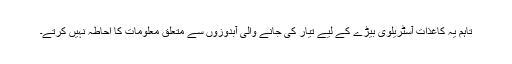
تاہم یہ کاغذات آسٹریلوی بیڑے کے لیے تیار کی جانے والی آبدوزوں سے متعلق معلومات کا احاطہ نہیں کرتے۔